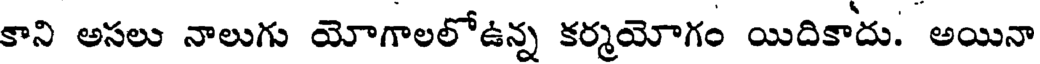
కాని అసలు నాలుగు యోగాలలోఉన్న కర్మయోగం యిదికాదు. అయినా